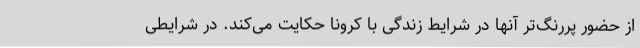
از حضور پررنگ‌تر آنها در شرایط زندگی با کرونا حکایت می‌کند. در شرایطی